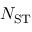
N _ { \mathrm { S T } }